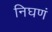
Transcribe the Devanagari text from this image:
निघणं